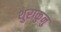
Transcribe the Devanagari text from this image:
थुराकुनु